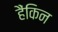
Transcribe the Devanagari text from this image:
हैंकिन